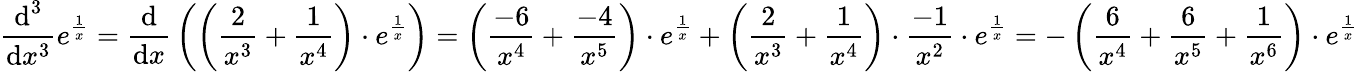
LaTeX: {\frac{{\textrm{d}}^{3}}{{\textrm{d}}x^{3}}}e^{\frac{1}{x}}={\frac{\textrm{d}}{{\textrm{d}}x}}\left(\left({\frac{2}{x^{3}}}+{\frac{1}{x^{4}}}\right)\cdot e^{\frac{1}{x}}\right)=\left({\frac{-6}{x^{4}}}+{\frac{-4}{x^{5}}}\right)\cdot e^{\frac{1}{x}}+\left({\frac{2}{x^{3}}}+{\frac{1}{x^{4}}}\right)\cdot{\frac{-1}{x^{2}}}\cdot e^{\frac{1}{x}}=-\left({\frac{6}{x^{4}}}+{\frac{6}{x^{5}}}+{\frac{1}{x^{6}}}\right)\cdot e^{\frac{1}{x}}